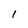
Character: I